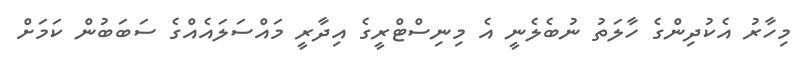
މިހާރު އެކުދިންގެ ހާލަތު ނުބެލެނީ އެ މިނިސްޓްރީގެ އިދާރީ މައްސަލައެއްގެ ސަބަބުން ކަމަށް